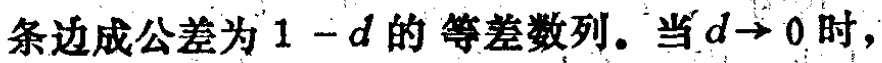
条边成公差为\(1 - d\)的 等差数列。当\(d\to 0\)时，